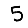
Digit: 5